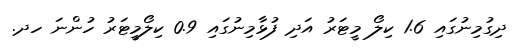
ދިގުމިނުގައި 1.6 ކިލޯ މީޓަރު އަދި ފުޅާމިނުގައި 0.9 ކިލޯމީޓަރު ހުންނަ ހދ.